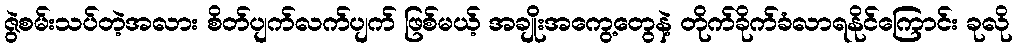
ဇွဲစမ်းသပ်တဲ့အလား စိတ်ပျက်လက်ပျက် ဖြစ်မယ့် အချိုးအကွေ့တွေနဲ့ တိုက်ခိုက်ခံလာရနိုင်ကြောင်း ခုလို